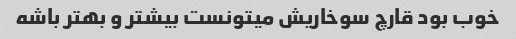
خوب بود قارچ سوخاریش میتونست بیشتر و بهتر باشه